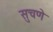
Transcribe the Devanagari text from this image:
सुचणे